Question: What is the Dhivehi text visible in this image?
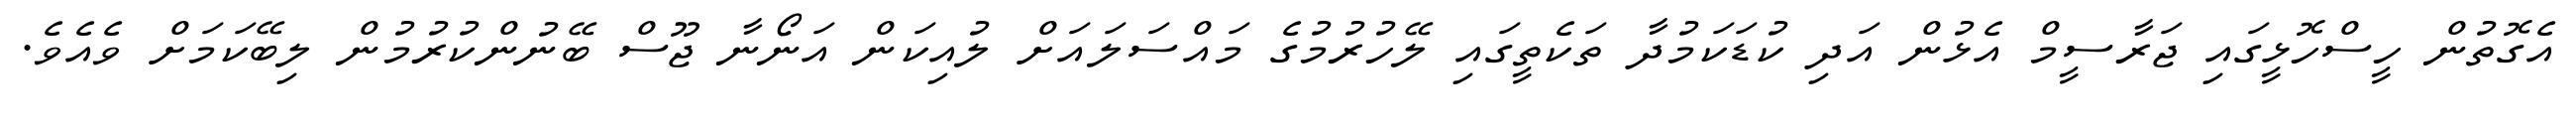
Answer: އެގޮތުން ހީސްހޮޅީގައި ޖަރާސީމް އެޅުން އަދި ކުޑަކަމުދާ ތަކެތީގައި ލޭހުރުމުގެ މައްސަލައަށް ލުއިކަން އަނޯނާ ޖޫސް ބޭނުންކުރުމުން ލިބޭކަމަށް ވެއެވެ.